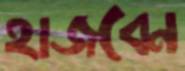
হাজবেন